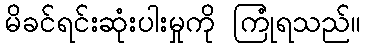
မိခင်ရင်းဆုံးပါးမှုကို ကြုံရသည်။